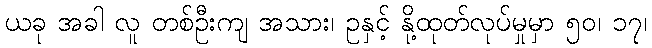
ယခု အခါ လူ တစ်ဦးကျ အသား၊ ဥနှင့် နို့ထုတ်လုပ်မှုမှာ ၅၀၊ ၁၇၊